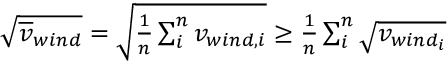
\begin{array} { r } { \sqrt { \overline { { v } } _ { w i n d } } = \sqrt { \frac { 1 } { n } \sum _ { i } ^ { n } { v _ { w i n d , i } } } \ge \frac { 1 } { n } \sum _ { i } ^ { n } { \sqrt { v _ { w i n d _ { i } } } } } \end{array}